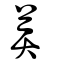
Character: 奠